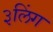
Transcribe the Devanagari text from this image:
३लिंग